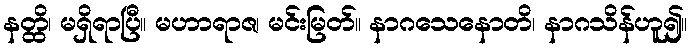
နတ္ထိ၊ မရှိရာပြီ။ မဟာရာဇ၊ မင်းမြတ်။ နာဂသေနောတိ၊ နာဂသိန်ဟူ၍။